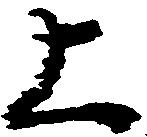
上